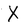
Character: X